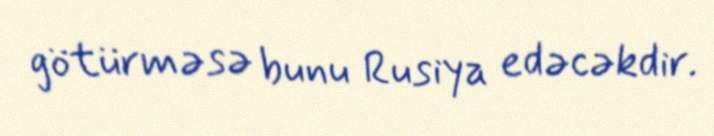
götürməsə bunu Rusiya edəcəkdir.